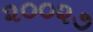
૨૦૦૨૭